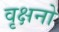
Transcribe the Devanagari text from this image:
वृक्षनो